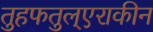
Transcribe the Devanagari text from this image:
तुहफतुल्एराकीन